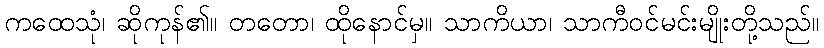
ကထေသုံ၊ ဆိုကုန်၏။ တတော၊ ထိုနောင်မှ။ သာကိယာ၊ သာကီဝင်မင်းမျိုးတို့သည်။